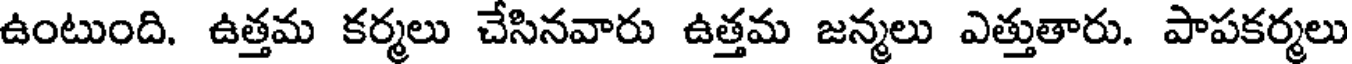
ఉంటుంది. ఉత్తమ కర్మలు చేసినవారు ఉత్తమ జన్మలు ఎత్తుతారు. పాపకర్మలు